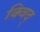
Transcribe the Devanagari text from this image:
क्विद्